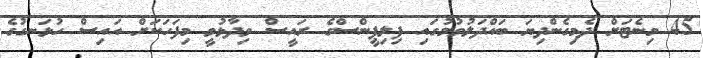
45 މިނެޓަށް ދެމިގެންދިޔަ ބައްދަލުވުމުގައި ފިލިޕީންސްގެ ރައީސް ވިދާޅުވީ މިފަހަކަށް އައިސް ހުޅަނގުގެ